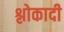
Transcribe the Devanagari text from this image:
श्लोकादी